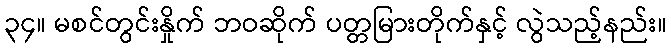
၃၄။ မစင်တွင်းနှိုက် ဘဝဆိုက် ပတ္တမြားတိုက်နှင့် လွဲသည့်နည်း။